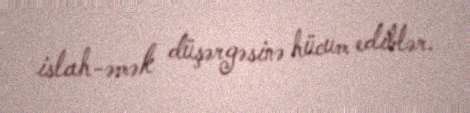
islah-əmək düşərgəsinə hücum ediblər.